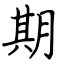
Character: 期